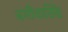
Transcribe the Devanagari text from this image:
बगीचासिंह